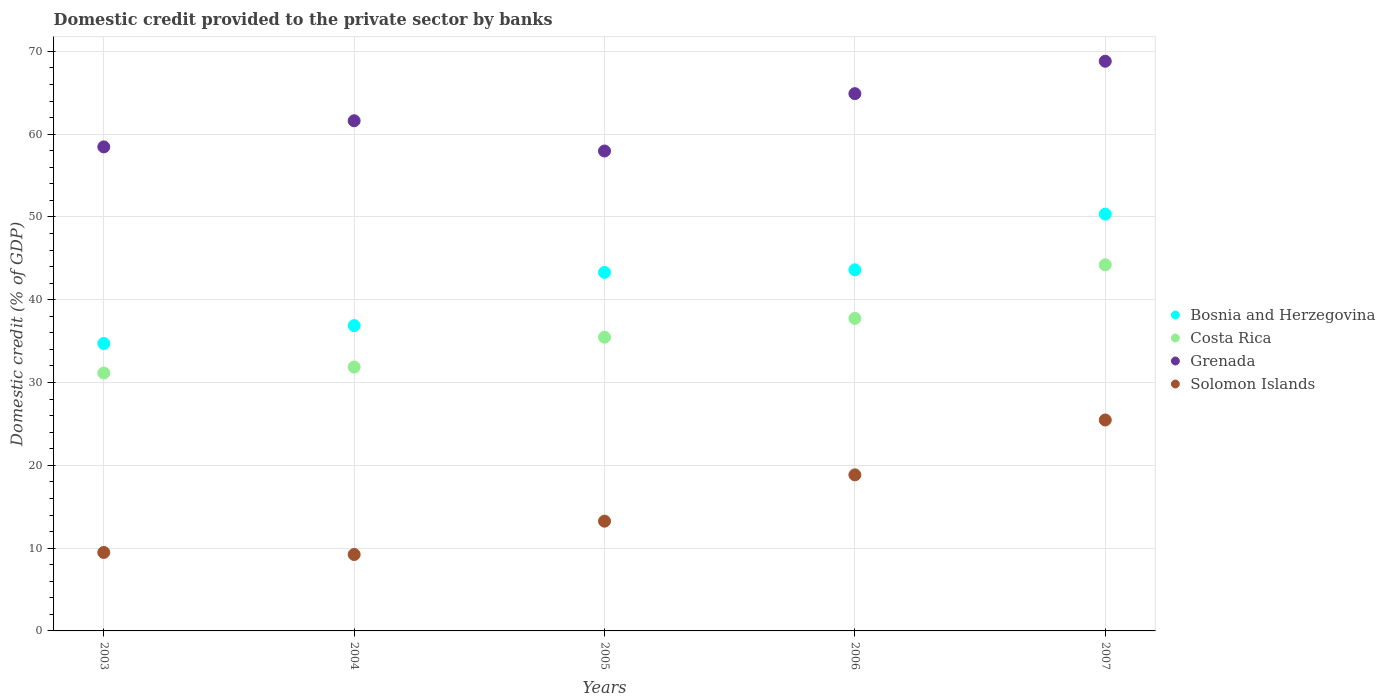
| Years | Bosnia and Herzegovina | Costa Rica | Grenada | Solomon Islands |
 | --- | --- | --- | --- | --- |
 | 2003 | 34.7 | 31.1 | 58.5 | 9.48 |
 | 2004 | 36.9 | 31.9 | 61.6 | 9.23 |
 | 2005 | 43.3 | 35.5 | 58 | 13.3 |
 | 2006 | 43.6 | 37.7 | 64.9 | 18.9 |
 | 2007 | 50.3 | 44.2 | 68.8 | 25.5 |